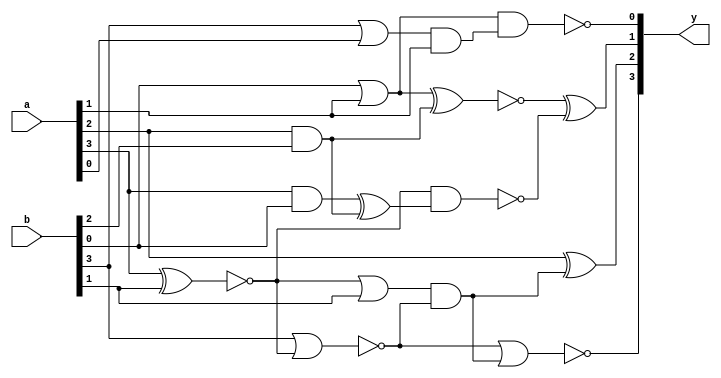
module new_test_4(y,a,b);


input [3:0] a;
input [3:0] b;
output [3:0] y;

wire [11:0] w;

and	and_1(w[0],w[1],a[1]);
and 	and_2 (w[2],a[2],b[2]);
xor	xor_1 (y[2],a[2],w[3]);
nand	nand_1 (y[0],w[5],w[0]);
nand	nand_2 (w[4],w[6],w[10]);
xor 	xor_3(w[10],w[8],w[2]);
nor	nor_1 (w[7],b[3],w[6]);
nor	nor_2 (y[3],w[7],w[3]);
and	and_3 (w[8],a[3],b[0]);
and	and_4 (w[3],w[11],w[7]);
or 	or_3(w[11],w[6],b[1]);
or	or_1 (w[1],b[3],a[0]);
or	or_2 (w[5],b[0],a[1]);
xnor	xnor_1 (w[9],w[5],w[2]);
xnor	xnor_2 (w[6],a[3],b[1]);
xor	xor_2 (y[1],w[9],w[4]);

endmodule